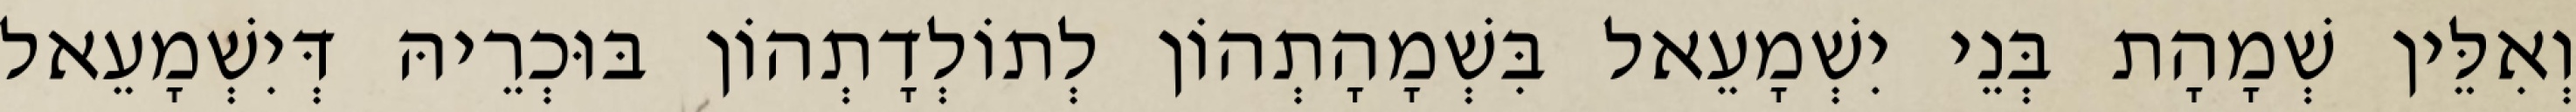
וְאִלֵּין שְׁמָהָת בְּנֵי יִשְׁמָעֵאל בִּשְׁמָהָתְהוֹן לְתוֹלְדָתְהוֹן בּוּכְרֵיהּ דְּיִשְׁמָעֵאל